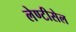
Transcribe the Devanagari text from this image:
लेण्टीसेल